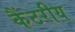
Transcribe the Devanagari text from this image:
कैंटरीय